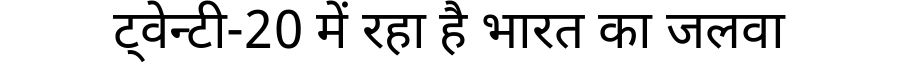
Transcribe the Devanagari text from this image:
ट्वेन्टी-20 में रहा है भारत का जलवा